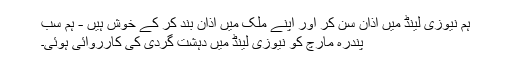
ہم نیوزی لینڈ میں اذان سن کر اور اپنے ملک میں اذان بند کر کے خوش ہیں - ہم سب
پندرہ مارچ کو نیوزی لینڈ میں دہشت گردی کی کارروائی ہوئی۔